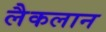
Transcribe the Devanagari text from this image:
लैकलान